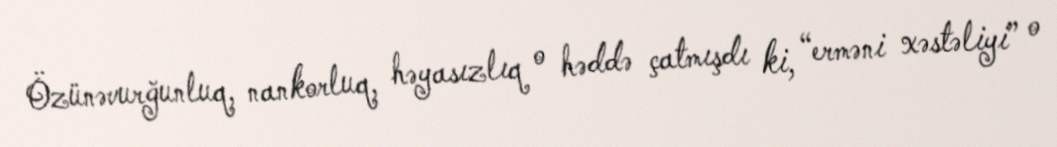
Özünəvurğunluq, nankorluq, həyasızlıq o həddə çatmışdı ki, “erməni xəstəliyi” o